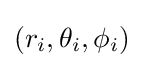
(r_{i},\theta _{i},\phi _{i})